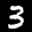
Label: 3